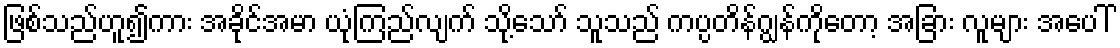
ဖြစ်သည်ဟူ၍ကား အခိုင်အမာ ယုံကြည်လျက် သို့သော် သူသည် ကပ္ပတိန်ဂျွန်ကိုတော့ အခြား လူများ အပေါ်